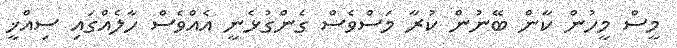
މީސް މީހުން ކާން ބޭނުން ކުރާ މަސްވެސް ގެންގުޅެނީ އެއްވެސް ހާލެއްގައި ސިއްޚީ